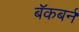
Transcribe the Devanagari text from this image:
बॅकबर्न